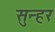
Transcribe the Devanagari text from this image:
सुन्हर